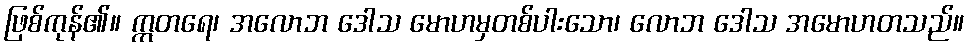
ဖြစ်ကုန်၏။ ဣတရေ၊ အလောဘ ဒေါသ မောဟမှတစ်ပါးသော၊ လောဘ ဒေါသ အမောဟတသည်။